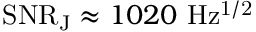
\mathrm { S N R _ { J } } \approx 1 0 2 0 ~ \mathrm { H z ^ { 1 / 2 } }